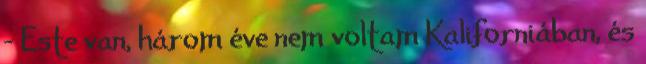
- Este van, három éve nem voltam Kaliforniában, és